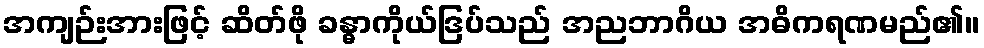
အကျဉ်းအားဖြင့် ဆိတ်ဖို ခန္ဓာကိုယ်ဒြပ်သည် အညဘာဂိယ အဓိကရဏမည်၏။